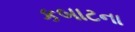
કબાટના